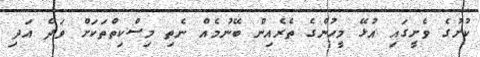
ކުށުގެ ވެށީގައި އުޅޭ މީހުންގެ ތެރެއިން ބޭނުމެއް ނެތި މިސްކިތްތަކަށް ވަދެ އަދި